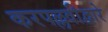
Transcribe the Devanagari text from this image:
करपल्लवीद्वारे